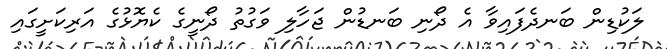
ލަކުޑިން ބަނދެފައިވާ އެ ދޯނި ބަނޑުން ޖަހާލި ވަގުތު ދޯނީގެ ކެޔޮޅުގެ އަރިކަށީގައި